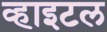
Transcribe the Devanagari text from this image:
व्हाइटल